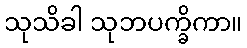
သုသိခါ သုဘပက္ခိကာ။